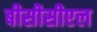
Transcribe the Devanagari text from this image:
बीसीसीएल